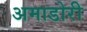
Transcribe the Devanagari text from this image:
अमाडोरी